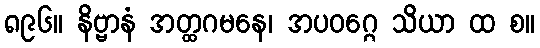
၈၉၆။ နိဗ္ဗာနံ အတ္ထဂမနေ၊ အပဝဂ္ဂေ သိယာ ထ စ။